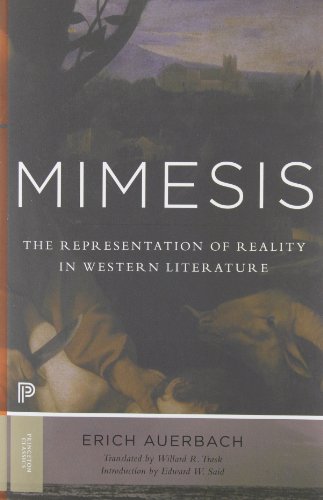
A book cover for Mimesis: The Representation of Reality in Western Literature (Princeton Classics); Erich Auerbach; Literature & Fiction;